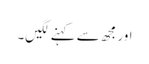
اور مجھ سے کہنے لگیں۔